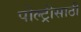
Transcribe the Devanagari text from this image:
पोल्ट्रीसाठी